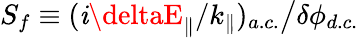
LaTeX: S_{f}\equiv(\mathit{i}\deltaE_{\parallel}/k_{\parallel})_{a.c.}\big/\delta\phi_{d.c.}